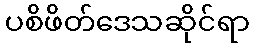
ပစိဖိတ်ဒေသဆိုင်ရာ